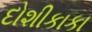
દોશીકાકા